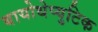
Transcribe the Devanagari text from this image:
बायोथेप्युटिक